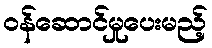
ဝန်ဆောင်မှုပေးမည့်